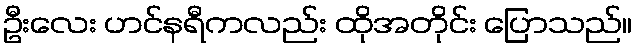
ဦးလေး ဟင်နရီကလည်း ထိုအတိုင်း ပြောသည်။